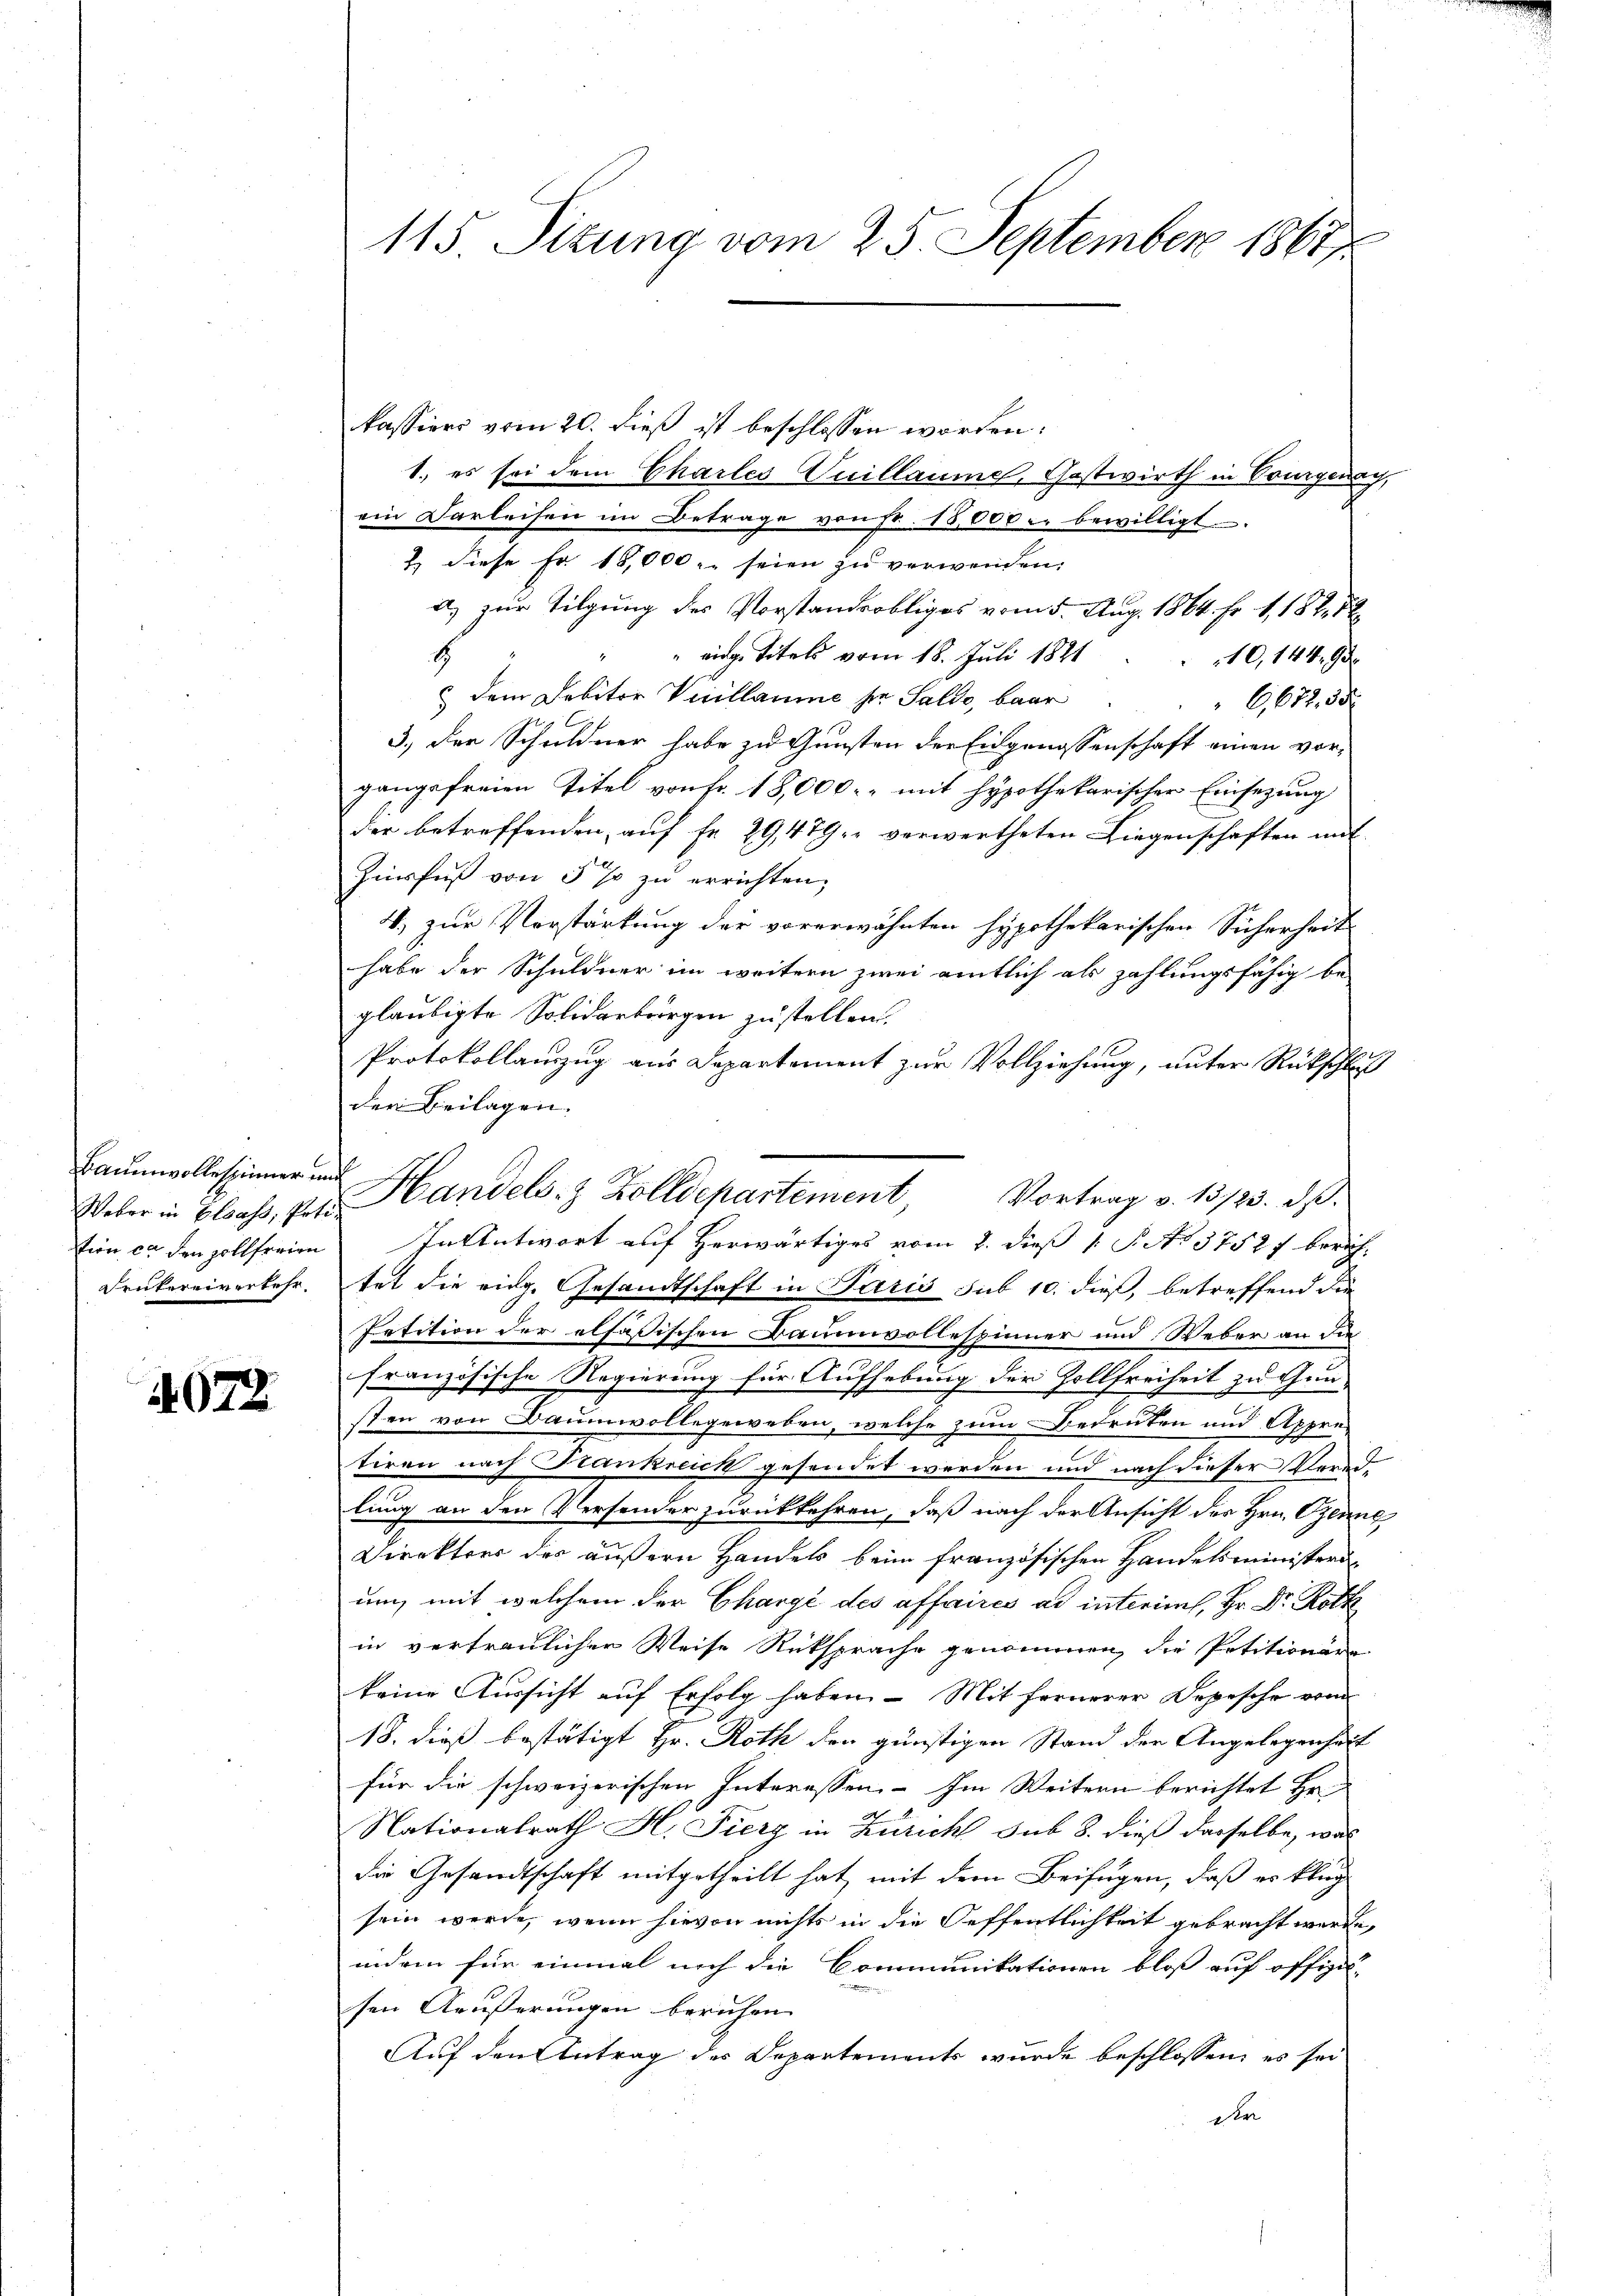
Baumwollespinner und
Weber in Elsass, Poti¬
Frukereiverkehr¬

4072.

kassiers vom 20. dieß ist beschlossen worden.
1., es sei dem Charles Vuillaumel, Gastwirth in Vorgenay,
ein Darleisen im Betrage von Fr. 18,000 er bewilligt
2) diese Fr. 18,000 - seien zu verwenden:
a) zur Tilgung des Vorstandobliges vom 5. Aug. 1864. Fr. 118 f 1
eidge Titels vom 18. Juli 1891
E
10,144, 95
dem Debitor Vicillaume per Saldo, baar
G,672. 55
3.) Der Schuldner habe zu Gunsten der Eidgenossenschaft einen vor-
gangsfreien Titel von Fr. 18,000 mit hypothekarischer Einsezung
der betreffenden auf Fr. 29,479 verwertheten Liegenschaften mit
Zinsfuß von 5 % zu errichten,
4. zur Vorstärkung der vorerwähnten Hypothekarischen Sicherheit
habe der Schuldner im weitern zwei amtlich als zahlungsfähig begläubigte Solidarborgen zustellen.
Protokollanzug aus Departement zur Vollziehung, unter Rückschluß
den Beilagen.
tion ca den zollferien. In Antwort auf Herwärtiges vom 2. dieß P. No 3752f berich-
tet die eidg. Gesandtschaft in Paris sub 10. dieß, betreffend die
Petition der elfössischen Baumvollespinner und Weber an die
französische Regierung für Aufhebung der Zollfreiheit zu Gun-
sten von Baumwollegeweben, welche zum Bedeuten und Appre-
tiren nach Stankreich gesendet werden und nach dieser Vered-
lung an den Versender zurückkehren, daß nach der Ansicht des Hrn. Gene
Direktors des äußern Handels beim französischen Handelsministeriun, mit welchem der Chargé des affaires ad interims, Hr. Dr. Roth
in vertraulicher Weise Rüksprache genommen, die Petitionäre
keine Aussicht auf Erfolg haben. – Mit fernerer Depesche vom
18. dieß bestätigt Hr. Roth den günstigen Stand der Angelegenheit
für die schweizerischen Interessen. Im Weitern berichtet Hr.
Nationalrath H. Fierz in Zürich sub 8. dieß dasselbe, was
die Gesandtschaft mitgetheilt hat, mit dem Beifügen, daß er klag
sein werde, wenn hievon nichts in die Oeffentlichkeit gebracht werde,
indem für einmal noch die Communikationen bloß auf offiges
sen Aeußerungen beruhen
Auf den Antrag des Departements wurde beschlossen, es sei
de

115. Sizung vom 25. September 1867

Handels- & Zolldepartement, Vortrag v. 13723. ds.